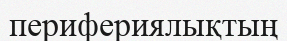
перифериялықтың